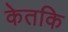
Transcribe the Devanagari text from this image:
केतकि